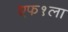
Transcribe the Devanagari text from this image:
एफ१ला